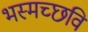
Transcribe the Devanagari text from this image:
भस्मच्छवि